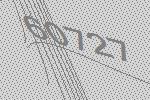
60727